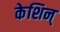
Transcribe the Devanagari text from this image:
केशिन्